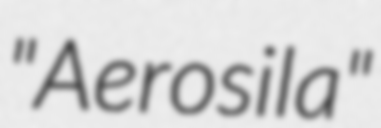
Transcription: "Aerosila"